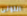
انتونى